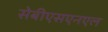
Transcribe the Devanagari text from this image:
सेबीएसएनएल